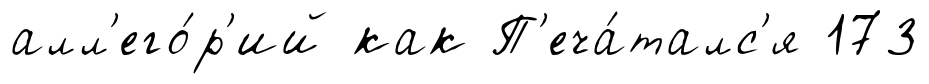
алл'его́р'ий как П'еча́талс'я 173